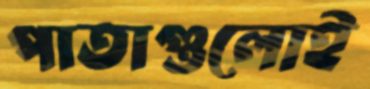
পাতাগুলোই